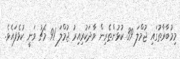
މިމުބާރާތުގައި ޖުމްލަ 39 ކުޅުންތެރިން ވާދަކުރިއިރު ޖުމްލަ 91 މެޗު ވަނީ ކުޅެފައެވެ.